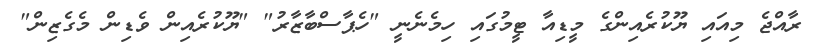
ރާއްޖެ މިއައި ޔޫކުރެއިންގެ މީޑިއާ ޓީމުގައި ހިމެނެނީ "ހެޕާސްބާޒާރު" "ޔޫކުރެއިން ވެޑިން މެގެޒިން"